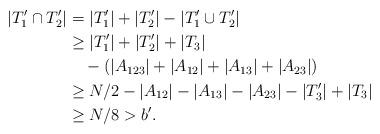
LaTeX: \begin{align*}|T'_1\cap T'_2|&=|T'_1|+|T'_2|-|T'_1\cup T'_2|\\&\ge |T'_1|+|T'_2|+|T_3|\\&\quad-(|A_{123}|+|A_{12}|+|A_{13}|+|A_{23}|) \\&\ge N/2-|A_{12}|-|A_{13}|-|A_{23}|-|T'_3|+|T_3|\\& \ge N/8>b'.\end{align*}